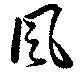
風